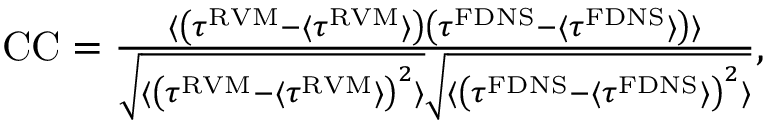
\begin{array} { r } { \mathrm { C C } = \frac { \langle \left( \tau ^ { \mathrm { R V M } } - \langle \tau ^ { \mathrm { R V M } } \rangle \right) \left( \tau ^ { \mathrm { F D N S } } - \langle \tau ^ { \mathrm { F D N S } } \rangle \right) \rangle } { \sqrt { \langle \left( \tau ^ { \mathrm { R V M } } - \langle \tau ^ { \mathrm { R V M } } \rangle \right) ^ { 2 } \rangle } \sqrt { \langle \left( \tau ^ { \mathrm { F D N S } } - \langle \tau ^ { \mathrm { F D N S } } \rangle \right) ^ { 2 } \rangle } } , } \end{array}